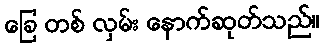
ခြေ တစ် လှမ်း နောက်ဆုတ်သည်။